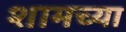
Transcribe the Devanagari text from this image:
शामच्या